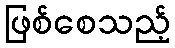
ဖြစ်စေသည့်